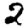
Digit: 2